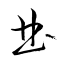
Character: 曲